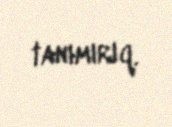
tanımırıq.